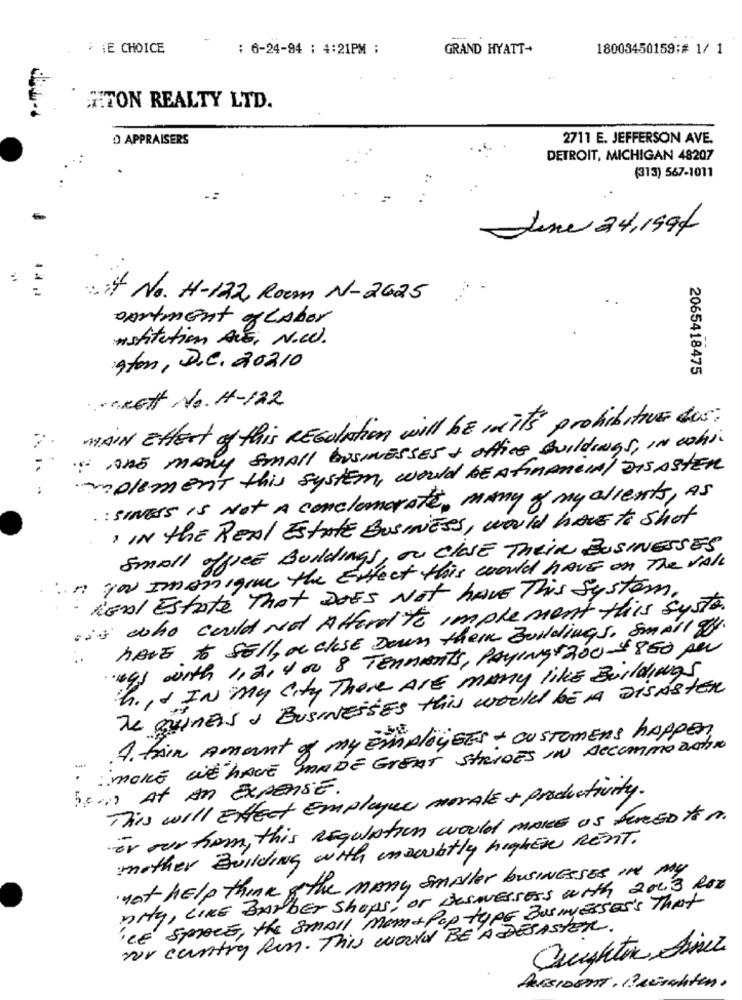
> {E CHOICE
: 6-24-94 : 4:21PM ;
GRAND HYATT-
18003450159:# 1/ 1
HITON REALTY LTD.
D APPRAISERS
2711 E. JEFFERSON AVE.
DETROIT, MICHIGAN 48207
(313) 567-1011
June 24,1994
: if No. H-122, Room N-2625
omtment of labor
institution Aus, N.W.
Ston, D.C. 20210
2065418475
oncott No. H-122
MAIN Effect of this REGUlation will be mnit's prohibitive dos:
: ARE MANY SMALL BUSINESSES & office Buildings, IN wohl.
Implement this system, would BEAfinancial DISASTER
:
: siness Is Not A conclumorAte, many of my clients, AS
, IN the REAL Estate Business , would HAVE to shot
Small office Buildings, ou Chose Their BUSINESSES
in you Imonigue the Effect this would have on The VALL
Real Estate That DOES Not HAVE This System.
iss who could Not Affordto Implement this syste.
HAVE to sell, on close Down them Buildings, small gy.
egs with 1,2,4 00 8 TEAMETS, PAYING $ 200-$860 AW
hiIs IN my City There ARE MANY like Buildings
Te quinErs , BUSINESSES this would BE A DISASTER
4. TAin Amant of my Employees - CUSTOMEns happen
MORE WE HAVE MADE GREAT STRIDES IN ACCOMMODATION
50.0 At AN EXPENSE.
This will Effect Employees morALE & productivity.
är surtiam , this Regulation would MAKE us fERED to A.
mother Building with nowbtly higher RENT.
not help think & the many smAller businessES In My
nity, LIKE Barber Shops, or DesNessEss with 2003 Roz
'CE SPACE, the Small Mom+ Pop type Businesses'S That
our country fun. This would BE A DESASTER.
Caughtin Seiner
Assisent, irischten.